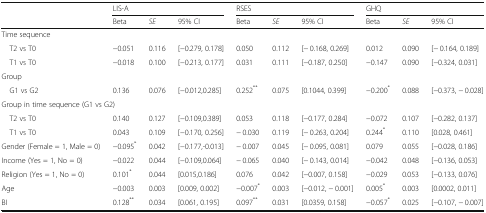
<table><thead><tr><td rowspan="2"></td><td colspan="3"><b>LIS-A</b></td><td colspan="3"><b>RSES</b></td><td colspan="3"><b>GHQ</b></td></tr><tr><td><b>Beta</b></td><td><b><i>SE</i></b></td><td><b>95% CI</b></td><td><b>Beta</b></td><td><b><i>SE</i></b></td><td><b>95% CI</b></td><td><b>Beta</b></td><td><b><i>SE</i></b></td><td><b>95% CI</b></td></tr></thead><tbody><tr><td colspan="10">Time sequence</td></tr><tr><td> T2 vs T0</td><td>−0.051</td><td>0.116</td><td>[−0.279, 0.178]</td><td>0.050</td><td>0.112</td><td>[− 0.168, 0.269]</td><td>0.012</td><td>0.090</td><td>[− 0.164, 0.189]</td></tr><tr><td> T1 vs T0</td><td>−0.018</td><td>0.100</td><td>[−0.213, 0.177]</td><td>0.031</td><td>0.111</td><td>[−0.187, 0.250]</td><td>−0.147</td><td>0.090</td><td>[−0.324, 0.031]</td></tr><tr><td colspan="10">Group</td></tr><tr><td> G1 vs G2</td><td>0.136</td><td>0.076</td><td>[−0.012,0.285]</td><td>0.252<sup>**</sup></td><td>0.075</td><td>[0.1044, 0.399]</td><td>−0.200<sup>*</sup></td><td>0.088</td><td>[−0.373, − 0.028]</td></tr><tr><td colspan="10">Group in time sequence (G1 vs G2)</td></tr><tr><td> T2 vs T0</td><td>0.140</td><td>0.127</td><td>[−0.109,0.389]</td><td>0.053</td><td>0.118</td><td>[−0.177, 0.284]</td><td>−0.072</td><td>0.107</td><td>[−0.282, 0.137]</td></tr><tr><td> T1 vs T0</td><td>0.043</td><td>0.109</td><td>[−0.170, 0.256]</td><td>− 0.030</td><td>0.119</td><td>[− 0.263, 0.204]</td><td>0.244<sup>*</sup></td><td>0.110</td><td>[0.028, 0.461]</td></tr><tr><td>Gender (Female = 1, Male = 0)</td><td>−0.095<sup>*</sup></td><td>0.042</td><td>[−0.177,-0.013]</td><td>− 0.007</td><td>0.045</td><td>[− 0.095, 0.081]</td><td>0.079</td><td>0.055</td><td>[−0.028, 0.186]</td></tr><tr><td>Income (Yes = 1, No = 0)</td><td>−0.022</td><td>0.044</td><td>[−0.109,0.064]</td><td>− 0.065</td><td>0.040</td><td>[− 0.143, 0.014]</td><td>−0.042</td><td>0.048</td><td>[−0.136, 0.053]</td></tr><tr><td>Religion (Yes = 1, No = 0)</td><td>0.101<sup>*</sup></td><td>0.044</td><td>[0.015,0.186]</td><td>0.076</td><td>0.042</td><td>[−0.007, 0.158]</td><td>−0.029</td><td>0.053</td><td>[−0.133, 0.076]</td></tr><tr><td>Age</td><td>−0.003</td><td>0.003</td><td>[0.009, 0.002]</td><td>−0.007<sup>*</sup></td><td>0.003</td><td>[−0.012, − 0.001]</td><td>0.005<sup>*</sup></td><td>0.003</td><td>[0.0002, 0.011]</td></tr><tr><td>BI</td><td>0.128<sup>**</sup></td><td>0.034</td><td>[0.061, 0.195]</td><td>0.097<sup>**</sup></td><td>0.031</td><td>[0.0359, 0.158]</td><td>−0.057<sup>*</sup></td><td>0.025</td><td>[−0.107, − 0.007]</td></tr></tbody></table>